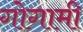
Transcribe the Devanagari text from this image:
गोगामी